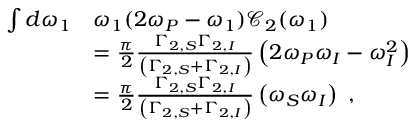
\begin{array} { r l } { \int d \omega _ { 1 } } & { \omega _ { 1 } ( 2 \omega _ { P } - \omega _ { 1 } ) \mathcal { C } _ { 2 } ( \omega _ { 1 } ) } \\ & { = \frac { \pi } { 2 } \frac { \Gamma _ { 2 , S } \Gamma _ { 2 , I } } { \left( \Gamma _ { 2 , S } + \Gamma _ { 2 , I } \right) } \left( 2 \omega _ { P } \omega _ { I } - \omega _ { I } ^ { 2 } \right) } \\ & { = \frac { \pi } { 2 } \frac { \Gamma _ { 2 , S } \Gamma _ { 2 , I } } { \left( \Gamma _ { 2 , S } + \Gamma _ { 2 , I } \right) } \left( \omega _ { S } \omega _ { I } \right) \ , } \end{array}